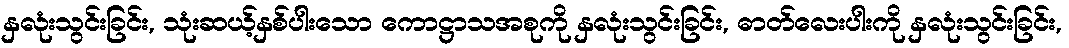
နှလုံးသွင်းခြင်း, သုံးဆယ့်နှစ်ပါးသော ကောဋ္ဌာသအစုကို နှလုံးသွင်းခြင်း, ဓာတ်လေးပါးကို နှလုံးသွင်းခြင်း,